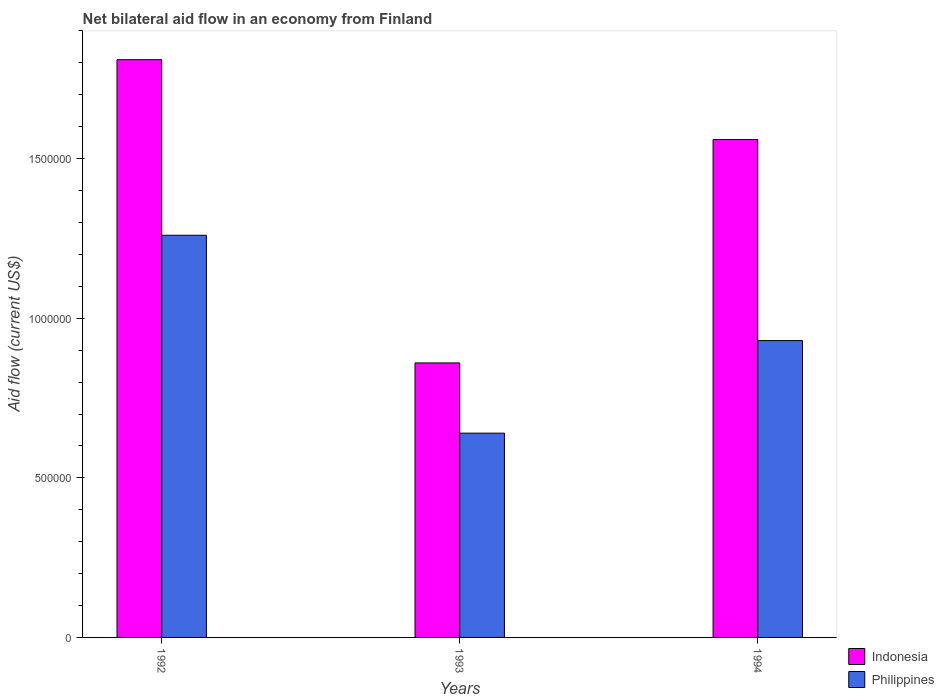
| Years | Indonesia | Philippines |
 | --- | --- | --- |
 | 1992 | 1.81e+06 | 1.26e+06 |
 | 1993 | 8.6e+05 | 6.4e+05 |
 | 1994 | 1.56e+06 | 9.3e+05 |